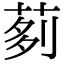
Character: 𦰵